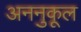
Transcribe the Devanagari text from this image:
अननुकूल